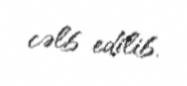
cəlb edilib.